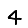
Digit: 4